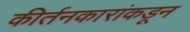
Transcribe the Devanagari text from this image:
कीर्तनकारांकडून